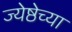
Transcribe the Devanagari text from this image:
ज्येष्ठेच्या